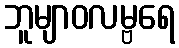
ဘူမျာဝလမ္ဗရေ